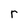
Character: r